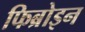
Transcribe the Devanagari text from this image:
फिब्रोइन